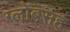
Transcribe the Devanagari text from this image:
ग्लोबसह